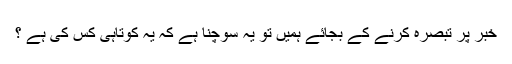
خبر پر تبصرہ کرنے کے بجائے ہمیں تو یہ سوچنا ہے کہ یہ کوتاہی کس کی ہے ؟